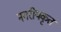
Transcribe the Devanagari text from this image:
नगरीयकृत